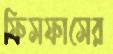
ফিসফাসের